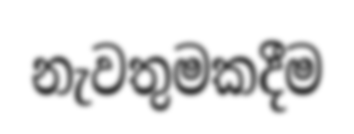
නැවතුමකදීම